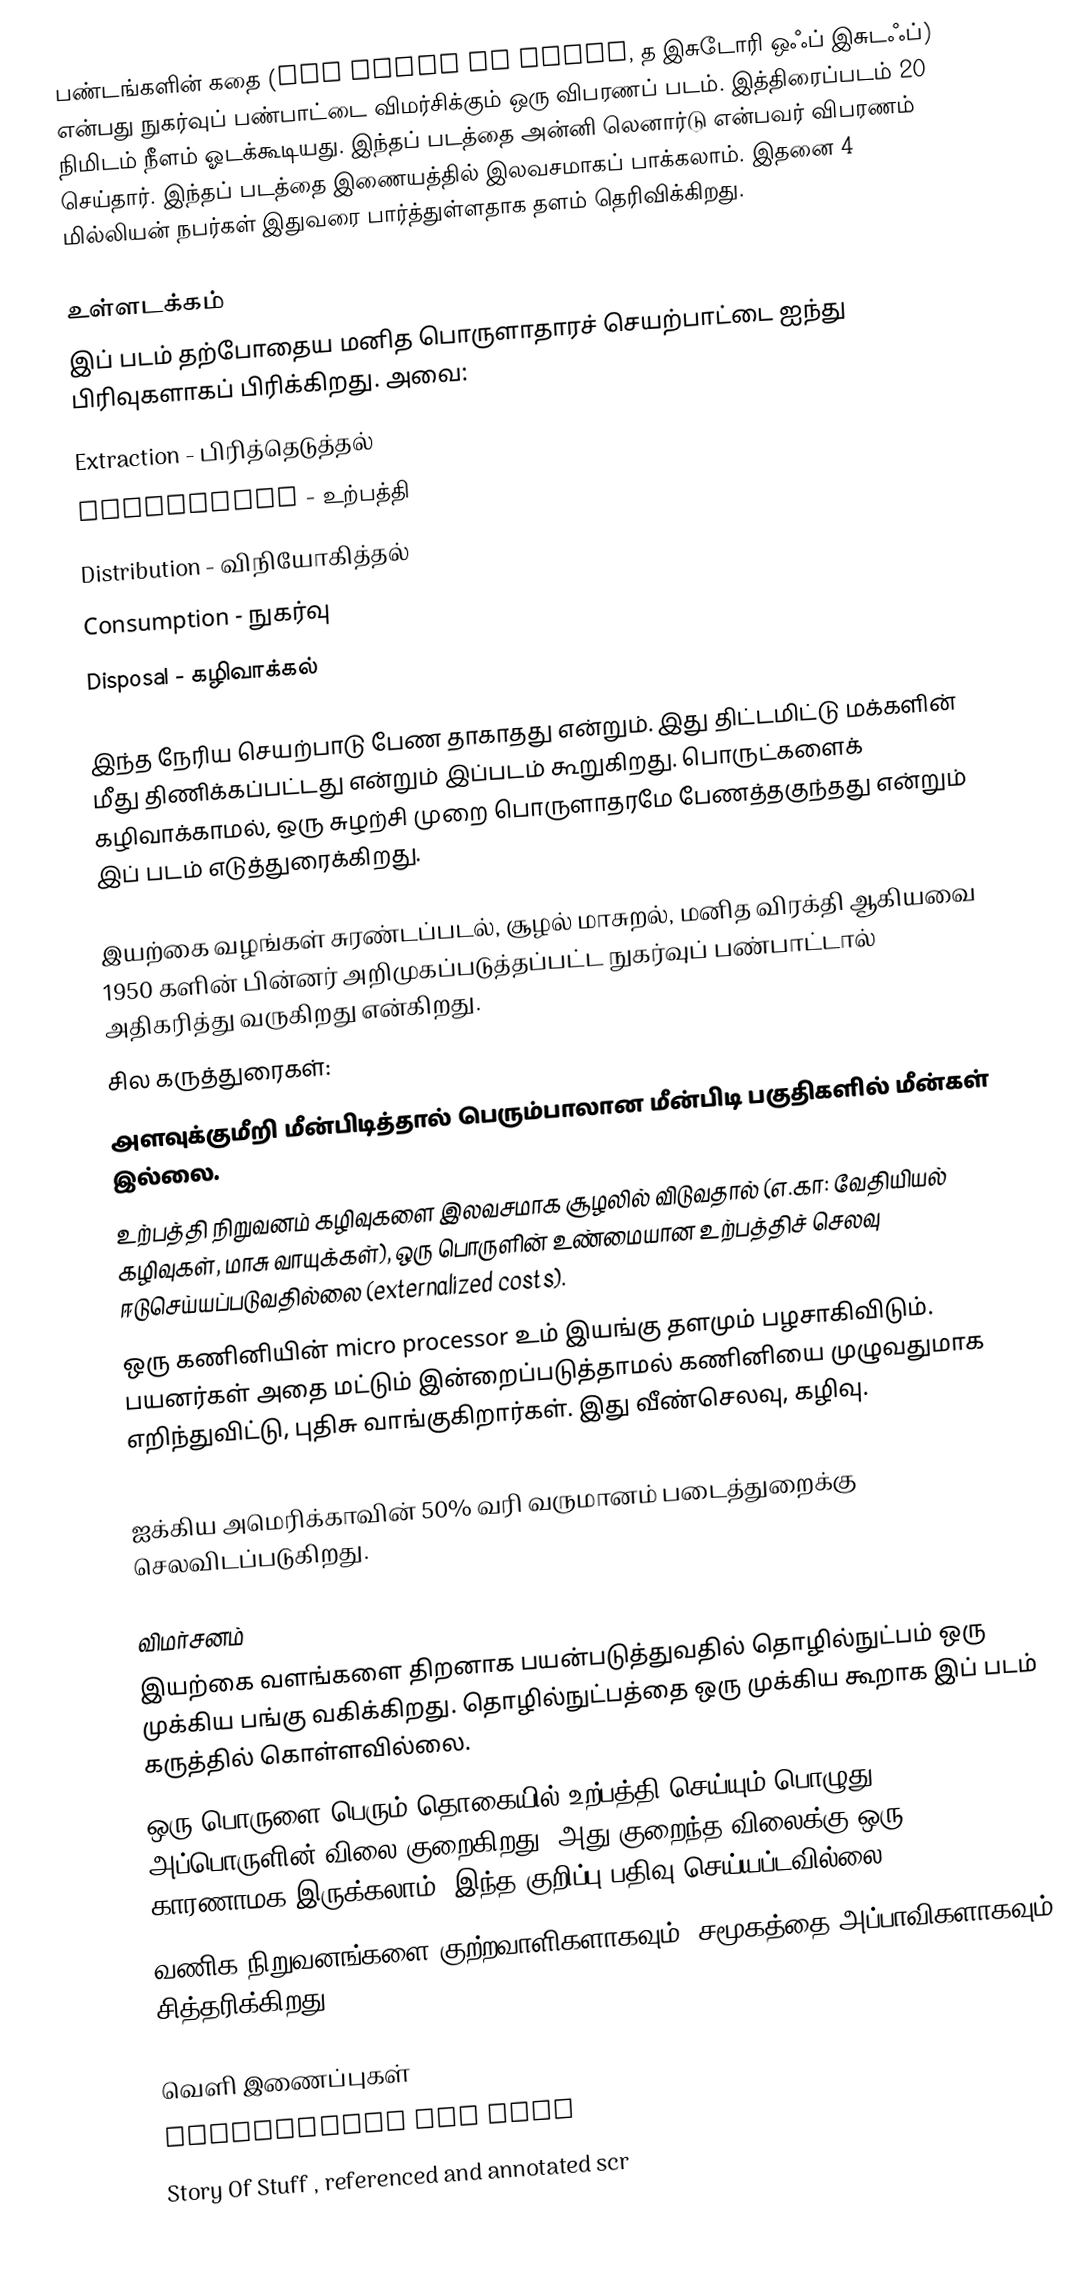
பண்டங்களின் கதை (The Story of Stuff, த இசுடோரி ஒஃப் இசுடஃப்) என்பது நுகர்வுப் பண்பாட்டை விமர்சிக்கும் ஒரு விபரணப் படம். இத்திரைப்படம் 20 நிமிடம் நீளம் ஓடக்கூடியது. இந்தப் படத்தை அன்னி லெனார்டு என்பவர் விபரணம் செய்தார். இந்தப் படத்தை இணையத்தில் இலவசமாகப் பாக்கலாம். இதனை 4 மில்லியன் நபர்கள் இதுவரை பார்த்துள்ளதாக தளம் தெரிவிக்கிறது.

உள்ளடக்கம்
இப் படம் தற்போதைய மனித பொருளாதாரச் செயற்பாட்டை ஐந்து பிரிவுகளாகப் பிரிக்கிறது. அவை:
 Extraction - பிரித்தெடுத்தல்
 Production - உற்பத்தி
 Distribution - விநியோகித்தல்
 Consumption - நுகர்வு
 Disposal - கழிவாக்கல்

இந்த நேரிய செயற்பாடு பேண தாகாதது என்றும். இது திட்டமிட்டு மக்களின் மீது திணிக்கப்பட்டது என்றும் இப்படம் கூறுகிறது. பொருட்களைக் கழிவாக்காமல், ஒரு சுழற்சி முறை பொருளாதரமே பேணத்தகுந்தது என்றும் இப் படம் எடுத்துரைக்கிறது.

இயற்கை வழங்கள் சுரண்டப்படல், சூழல் மாசுறல், மனித விரக்தி ஆகியவை 1950 களின் பின்னர் அறிமுகப்படுத்தப்பட்ட நுகர்வுப் பண்பாட்டால் அதிகரித்து வருகிறது என்கிறது.
சில கருத்துரைகள்:
 அளவுக்குமீறி மீன்பிடித்தால் பெரும்பாலான மீன்பிடி பகுதிகளில் மீன்கள் இல்லை.
 உற்பத்தி நிறுவனம் கழிவுகளை இலவசமாக சூழலில் விடுவதால் (எ.கா: வேதியியல் கழிவுகள், மாசு வாயுக்கள்), ஒரு பொருளின் உண்மையான உற்பத்திச் செலவு ஈடுசெய்யப்படுவதில்லை (externalized costs).
 ஒரு கணினியின் micro processor உம் இயங்கு தளமும் பழசாகிவிடும். பயனர்கள் அதை மட்டும் இன்றைப்படுத்தாமல் கணினியை முழுவதுமாக எறிந்துவிட்டு, புதிசு வாங்குகிறார்கள். இது வீண்செலவு, கழிவு.
 planned obsolescence, perceived obsolescence
 ஐக்கிய அமெரிக்காவின் 50% வரி வருமானம் படைத்துறைக்கு செலவிடப்படுகிறது.

விமர்சனம்
 இயற்கை வளங்களை திறனாக பயன்படுத்துவதில் தொழில்நுட்பம் ஒரு முக்கிய பங்கு வகிக்கிறது. தொழில்நுட்பத்தை ஒரு முக்கிய கூறாக இப் படம் கருத்தில் கொள்ளவில்லை.
 ஒரு பொருளை பெரும் தொகையில் உற்பத்தி செய்யும் பொழுது, அப்பொருளின் விலை குறைகிறது. அது குறைந்த விலைக்கு ஒரு காரணாமக இருக்கலாம். இந்த குறிப்பு பதிவு செய்யப்டவில்லை.
 வணிக நிறுவனங்களை குற்றவாளிகளாகவும், சமூகத்தை அப்பாவிகளாகவும் சித்தரிக்கிறது.

வெளி இணைப்புகள்
 Documentary web site
 Story Of Stuff , referenced and annotated scr